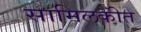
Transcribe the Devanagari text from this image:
सामिलकीत